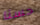
حسنا